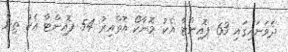
ދެވަނައިގައި 63 ޕޮއިންޓާ އެކު މޮނާކޯ އޮތްއިރު 54 ޕޮއިންޓާ އެކު ތިން